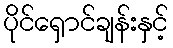
ပိုင်ရှောင်ချန်းနှင့်